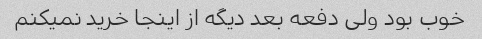
خوب بود ولی دفعه بعد دیگه از اینجا خرید نمیکنم